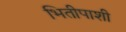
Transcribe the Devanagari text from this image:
भितीपाशी